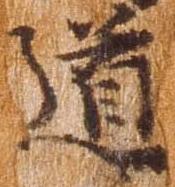
道